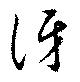
訝